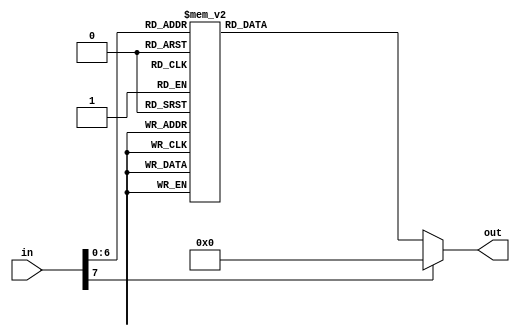
module transfer(in,out);
	input [7:0]in;
	output reg[7:0] out;
always @ (in)
	case (in)
   8'h15:begin out=8'h71;end 
   8'h16:begin out=8'h31;end
	8'h1B:begin out=8'h73;end
   8'h1C:begin out=8'h61;end
   8'h1D:begin out=8'h77;end
   8'h1E:begin out=8'h32;end
   8'h21:begin out=8'h63;end
   8'h22:begin out=8'h78;end
   8'h23:begin out=8'h64;end
   8'h24:begin out=8'h65;end
   8'h25:begin out=8'h34;end
   8'h26:begin out=8'h33;end
   8'h29:begin out=8'h01;end
   8'h2A:begin out=8'h76;end
   8'h2B:begin out=8'h66;end
   8'h2C:begin out=8'h74;end
   8'h2D:begin out=8'h72;end
   8'h2E:begin out=8'h35;end 
   8'h31:begin out=8'h6E;end
   8'h32:begin out=8'h62;end
   8'h33:begin out=8'h68;end
   8'h34:begin out=8'h67;end
   8'h35:begin out=8'h79;end
   8'h36:begin out=8'h36;end
   8'h3A:begin out=8'h6D;end
   8'h3B:begin out=8'h6A;end
   8'h3C:begin out=8'h75;end
   8'h3D:begin out=8'h37;end
   8'h3E:begin out=8'h38;end
   8'h42:begin out=8'h6B;end
   8'h43:begin out=8'h69;end
   8'h44:begin out=8'h6F;end
   8'h45:begin out=8'h30;end
   8'h46:begin out=8'h39;end
   8'h4B:begin out=8'h6C;end
   8'h4C:begin out=8'h3A;end
   8'h4D:begin out=8'h70;end
   8'h55:begin out=8'h3D;end
   8'h69:begin out=8'h31;end
   8'h6B:begin out=8'h34;end
   8'h6C:begin out=8'h37;end
   8'h70:begin out=8'h30;end
   8'h72:begin out=8'h32;end
   8'h73:begin out=8'h35;end
   8'h74:begin out=8'h36;end
   8'h75:begin out=8'h38;end
   8'h7A:begin out=8'h33;end
   8'h7D:begin out=8'h39;end
	8'h1A:begin out=8'h7a;end
	8'h5A:begin out=8'h02;end
	8'h66:begin out=8'h03;end
	default: begin out = 8'h00;end
	endcase
endmodule